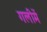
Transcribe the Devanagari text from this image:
गलीमें